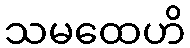
သမထေဟိ